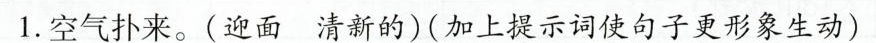
1.空气扑来。(迎面清新的)(加上提示词使句子更形象生动)